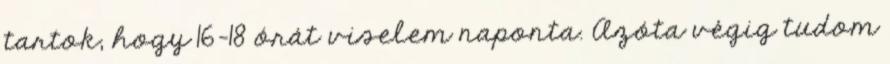
tartok, hogy 16-18 órát viselem naponta. Azóta végig tudom